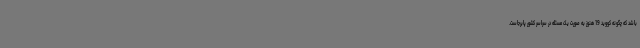
باشد که چگونه کووید 19 هنوز به صورت یک مسئله در سراسر کشور پابرجاست.